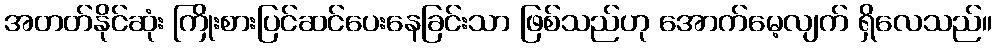
အတတ်နိုင်ဆုံး ကြိုးစားပြင်ဆင်ပေးနေခြင်းသာ ဖြစ်သည်ဟု အောက်မေ့လျက် ရှိလေသည်။